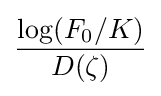
{\frac {\log(F_{0}/K)}{D(\zeta )}}